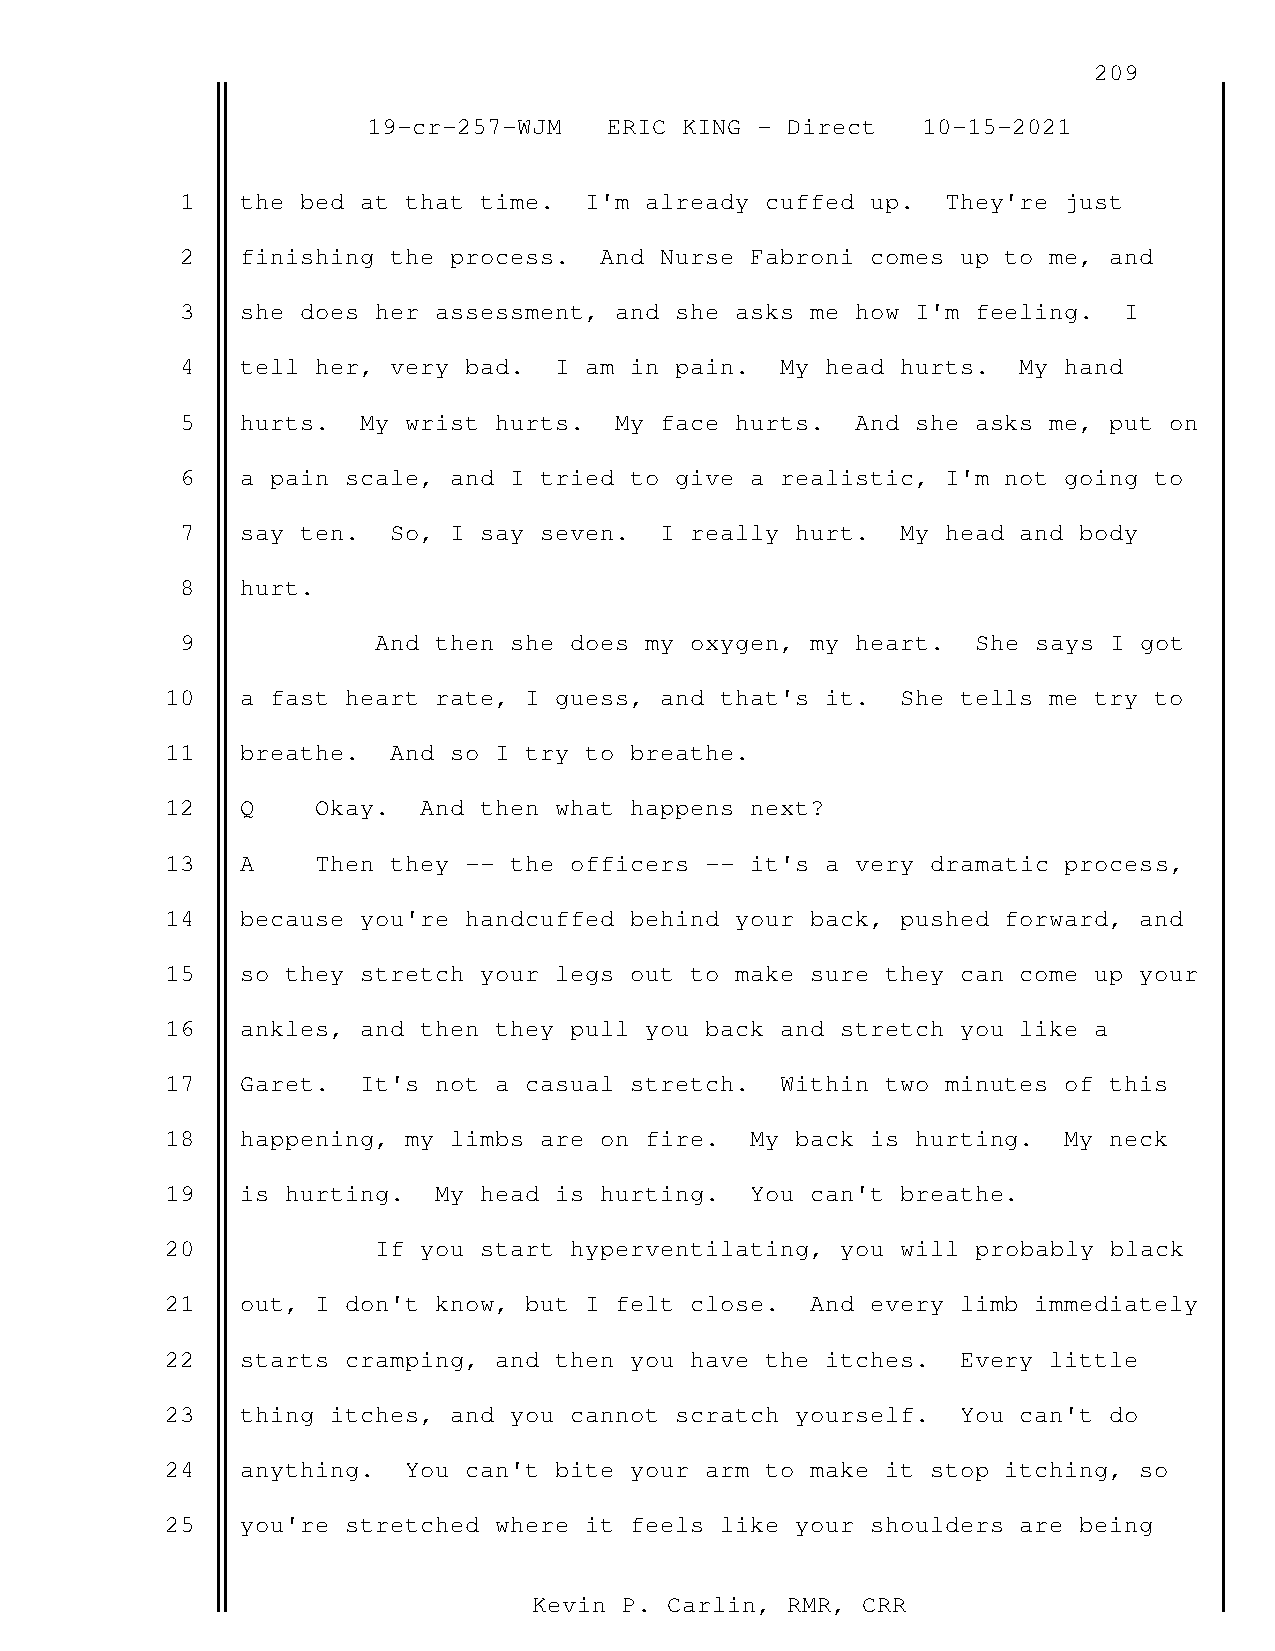
209
 19-cr-257-WJM   ERIC KING - Direct   10-15-2021
 1   the bed at that time.  I'm already cuffed up.  They're just
 2   finishing the process.  And Nurse Fabroni comes up to me, and
 3   she does her assessment, and she asks me how I'm feeling. I
 4   tell her, very bad.  I am in pain.  My head hurts. My hand
 5   hurts.  My wrist hurts.  My face hurts.  And she asks me, put on
 6   a pain scale, and I tried to give a realistic, I'm not going to
 7   say ten.  So, I say seven.  I really hurt.  My head and body
 8   hurt.
 9            And then she does my oxygen, my heart.  She says I got
 10   a fast heart rate, I guess, and that's it.  She tells me try to
 11   breathe.  And so I try to breathe.
 12   Q    Okay.  And then what happens next?
 13   A    Then they -- the officers -- it's a very dramatic process,
 14   because you're handcuffed behind your back, pushed forward, and
 15   so they stretch your legs out to make sure they can come up your
 16   ankles, and then they pull you back and stretch you like a
 17   Garet.  It's not a casual stretch.  Within two minutes of this
 18   happening, my limbs are on fire.  My back is hurting. My neck
 19   is hurting.  My head is hurting.  You can't breathe.
 20            If you start hyperventilating, you will probably black
 21   out, I don't know, but I felt close.  And every limb immediately
 22   starts cramping, and then you have the itches.  Every little
 23   thing itches, and you cannot scratch yourself.  You can't do
 24   anything.  You can't bite your arm to make it stop itching, so
 25   you're stretched where it feels like your shoulders are being
 Kevin P. Carlin, RMR, CRR